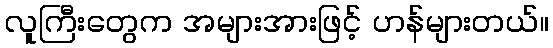
လူကြီးတွေက အများအားဖြင့် ဟန်များတယ်။